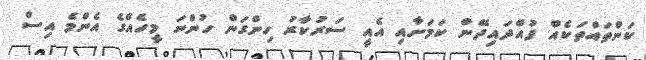
ކަންތައްތަކެއް ފުއްދައިދޭން ކަމަށާއި އެއީ ސަރުކާރު ހިންގަން ހުންނަ މީހެއްގެ އެންމެ އިސް